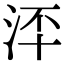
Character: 𣳶